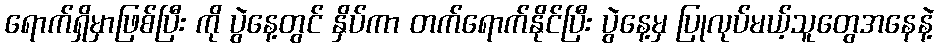
ရောက်ရှိမှာဖြစ်ပြီး ကို ပွဲနေ့တွင် နှိပ်ကာ တက်ရောက်နိုင်ပြီး ပွဲနေ့မှ ပြုလုပ်မယ့်သူတွေအနေနဲ့